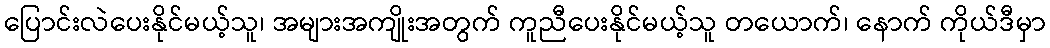
ပြောင်းလဲပေးနိုင်မယ့်သူ၊ အများအကျိုးအတွက် ကူညီပေးနိုင်မယ့်သူ တယောက်၊ နောက် ကိုယ်ဒီမှာ